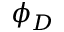
\phi _ { D }